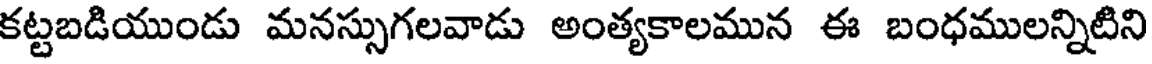
కట్టబడియుండు మనస్సుగలవాడు అంత్యకాలమున ఈ బంధములన్నిటిని